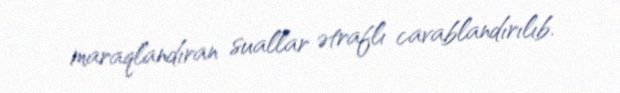
maraqlandıran suallar ətraflı cavablandırılıb.